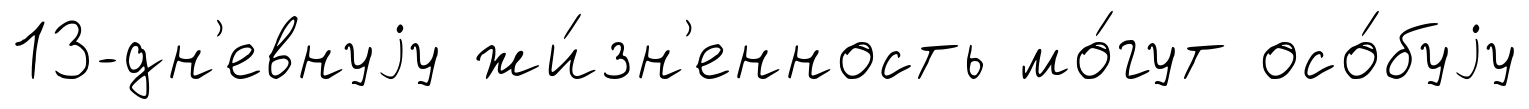
13-дн'евнуjу жи́зн'енность мо́гут осо́буjу